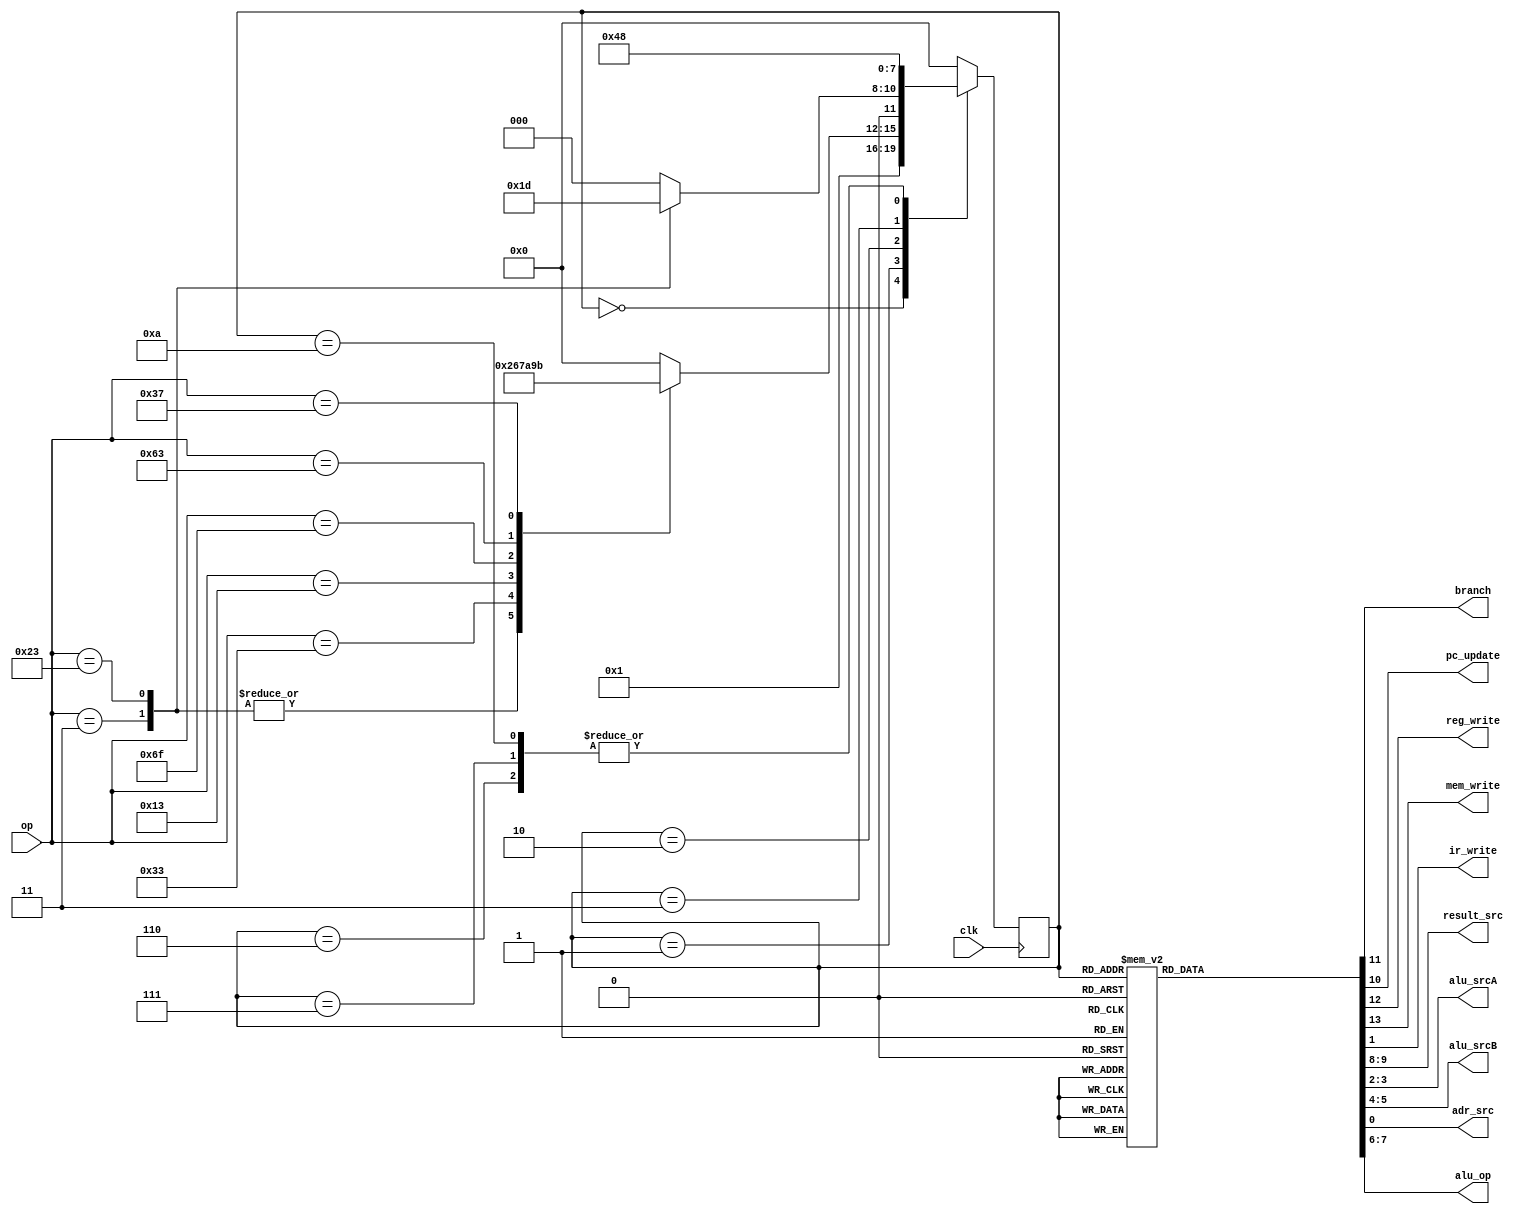
`timescale 1ns / 1ps
// main_fsm.v
// Main FSM
//          Juliana Pineda


module main_fsm(
    input clk,
    input [6:0] op,

    output reg branch,
    output reg pc_update,
    output reg reg_write,
    output reg mem_write,
    output reg ir_write,
    output reg [1:0] result_src,
    output reg [1:0] alu_srcA,
    output reg [1:0] alu_srcB,
    output reg adr_src,
    output reg [1:0] alu_op
);

    // State encoding
    parameter Fetch = 4'b0000;
    parameter Decode = 4'b0001;
    parameter MemAdr = 4'b0010;
    parameter MemRead = 4'b0011;
    parameter MemWB = 4'b0100;
    parameter MemWrite = 4'b0101;
    parameter ExecuteR = 4'b0110;
    parameter ExecuteI = 4'b0111;
    parameter ALUWB = 4'b1000;
    parameter BEQ = 4'b1001;
    parameter JAL = 4'b1010;
    parameter LUI = 4'b1011;

    // State registers
    reg [3:0] present_state = Fetch;
    reg [3:0] next_state;

    // Update state
    always @(posedge clk)
        present_state <= next_state;

    // Next state logic
    always @(*)
        case(present_state)
            Fetch: 
                next_state = Decode;
            Decode:
                case(op)
                    7'b0000011: next_state = MemAdr; // lw
                    7'b0100011: next_state = MemAdr; // sw
                    7'b0110011: next_state = ExecuteR; // R-type
                    7'b0010011: next_state = ExecuteI; // I-type
                    7'b1101111: next_state = JAL; // jal
                    7'b1100011: next_state = BEQ; // beq
                    7'b0110111: next_state = LUI; // U-type
                    default: next_state = Fetch; // Fault recovery
                endcase
            MemAdr:
                case(op)
                    7'b0000011: next_state = MemRead; // lw
                    7'b0100011: next_state = MemWrite; // sw
                    default: next_state = Fetch; // Fault recovery
                endcase
            MemRead:
                next_state = MemWB;
            MemWB:
                next_state = Fetch;
            MemWrite:
                next_state = Fetch;
            ExecuteR:
                next_state = ALUWB;
            ExecuteI:
                next_state = ALUWB;
            ALUWB:
                next_state = Fetch;
            BEQ:
                next_state = Fetch;
            JAL:
                next_state = ALUWB;
            LUI:
                next_state = Fetch;
            default:
                next_state = Fetch; // Fault recovery
        endcase

    // Outputs logic
    always @(*)
        case(present_state)
            Fetch:
                begin
                    adr_src = 0;
                    ir_write = 1;
                    alu_srcA = 2'b00;
                    alu_srcB = 2'b10;
                    alu_op = 2'b00;
                    result_src = 2'b10;
                    pc_update = 1;

                    // Other outputs
                    branch = 0;
                    reg_write = 0;
                    mem_write = 0;
                end
            Decode:
                begin
                    alu_srcA = 2'b01;
                    alu_srcB = 2'b01;
                    alu_op = 2'b00;

                    // Other outputs
                    branch = 0;
                    reg_write = 0;
                    mem_write = 0;
                    ir_write = 0;
                    result_src = 2'b00;
                    adr_src = 0;
                    pc_update = 0;
                end
            MemAdr:
                begin
                    alu_srcA = 2'b10;
                    alu_srcB = 2'b01;
                    alu_op = 2'b00;

                    // Other outputs
                    branch = 0;
                    reg_write = 0;
                    mem_write = 0;
                    ir_write = 0;
                    result_src = 2'b00;
                    adr_src = 0;
                    pc_update = 0;
                end
            MemRead:
                begin
                    result_src = 2'b00;
                    adr_src = 1;

                    // Other outputs
                    branch = 0;
                    reg_write = 0;
                    mem_write = 0;
                    ir_write = 0;
                    alu_srcA = 2'b00;
                    alu_srcB = 2'b00;
                    alu_op = 2'b00;
                    pc_update = 0;
                end
            MemWB:
                begin
                    result_src = 2'b01;
                    reg_write = 1;

                    // Other outputs
                    branch = 0;
                    mem_write = 0;
                    ir_write = 0;
                    alu_srcA = 2'b00;
                    alu_srcB = 2'b00;
                    alu_op = 2'b00;
                    adr_src = 0;
                    pc_update = 0;
                end
            MemWrite:
                begin
                    result_src = 2'b00;
                    adr_src = 1;
                    mem_write = 1;

                    // Other outputs
                    branch = 0;
                    reg_write = 0;
                    ir_write = 0;
                    alu_srcA = 2'b00;
                    alu_srcB = 2'b00;
                    alu_op = 2'b00;
                    pc_update = 0;
                end
            ExecuteR:
                begin
                    alu_srcA = 2'b10;
                    alu_srcB = 2'b00;
                    alu_op = 2'b10;

                    // Other outputs
                    branch = 0;
                    reg_write = 0;
                    mem_write = 0;
                    ir_write = 0;
                    result_src = 2'b00;
                    adr_src = 0;
                    pc_update = 0;
                end
            ExecuteI:
                begin
                    alu_srcA = 2'b10;
                    alu_srcB = 2'b01;
                    alu_op = 2'b10;

                    // Other outputs
                    branch = 0;
                    reg_write = 0;
                    mem_write = 0;
                    ir_write = 0;
                    result_src = 2'b00;
                    adr_src = 0;
                    pc_update = 0;
                end
            ALUWB:
                begin
                    result_src = 2'b00;
                    reg_write = 1;

                    // Other outputs
                    branch = 0;
                    mem_write = 0;
                    ir_write = 0;
                    alu_srcA = 2'b00;
                    alu_srcB = 2'b00;
                    alu_op = 2'b00;
                    adr_src = 0;
                    pc_update = 0;
                end
            BEQ:
                begin
                    alu_srcA = 2'b10;
                    alu_srcB = 2'b00;
                    alu_op = 2'b01;
                    result_src = 2'b00;
                    branch = 1;

                    // Other outputs
                    reg_write = 0;
                    mem_write = 0;
                    ir_write = 0;
                    adr_src = 0;
                    pc_update = 0;
                end
            JAL:
                begin
                    alu_srcA = 2'b01;
                    alu_srcB = 2'b10;
                    alu_op = 2'b00;
                    result_src = 2'b00;
                    pc_update = 1;

                    // Other outputs
                    branch = 0;
                    reg_write = 0;
                    mem_write = 0;
                    ir_write = 0;
                    adr_src = 0;
                end
            LUI:
                begin
                    result_src = 2'b11;
                    reg_write = 1;

                    // Other outputs
                    branch = 0;
                    mem_write = 0;
                    ir_write = 0;
                    alu_srcA = 2'b00;
                    alu_srcB = 2'b00;
                    alu_op = 2'b00;
                    adr_src = 0;
                    pc_update = 0;
                end
            default: // Fault recovery
                begin
                    // Same as Fetch
                    adr_src = 0;
                    ir_write = 1;
                    alu_srcA = 2'b00;
                    alu_srcB = 2'b10;
                    alu_op = 2'b00;
                    result_src = 2'b10;
                    pc_update = 1;

                    // Other outputs
                    branch = 0;
                    reg_write = 0;
                    mem_write = 0;
                end
        endcase

endmodule